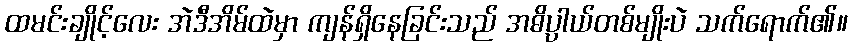
ထမင်းချိုင့်လေး အဲဒီအိမ်ထဲမှာ ကျန်ရှိနေခြင်းသည် အဓိပ္ပါယ်တစ်မျိုးပဲ သက်ရောက်၏။